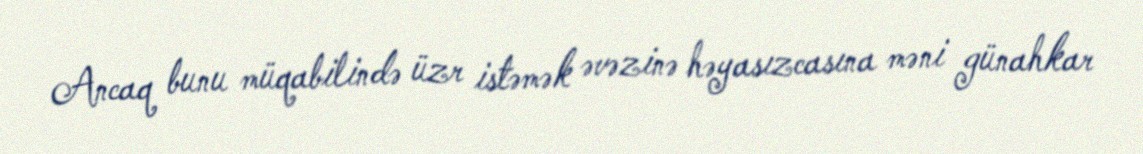
Ancaq bunu müqabilində üzr istəmək əvəzinə həyasızcasına məni günahkar